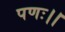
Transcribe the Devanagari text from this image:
पणः।।